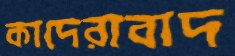
কাদেরাবাদ